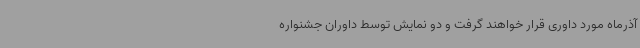
آذرماه مورد داوری قرار خواهند گرفت و دو نمایش توسط داوران جشنواره